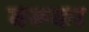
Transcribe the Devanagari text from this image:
वरूका